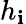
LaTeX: h_{\mathbf{i}}